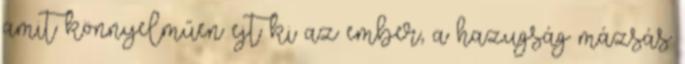
amit könnyelműen ejt ki az ember, a hazugság mázsás